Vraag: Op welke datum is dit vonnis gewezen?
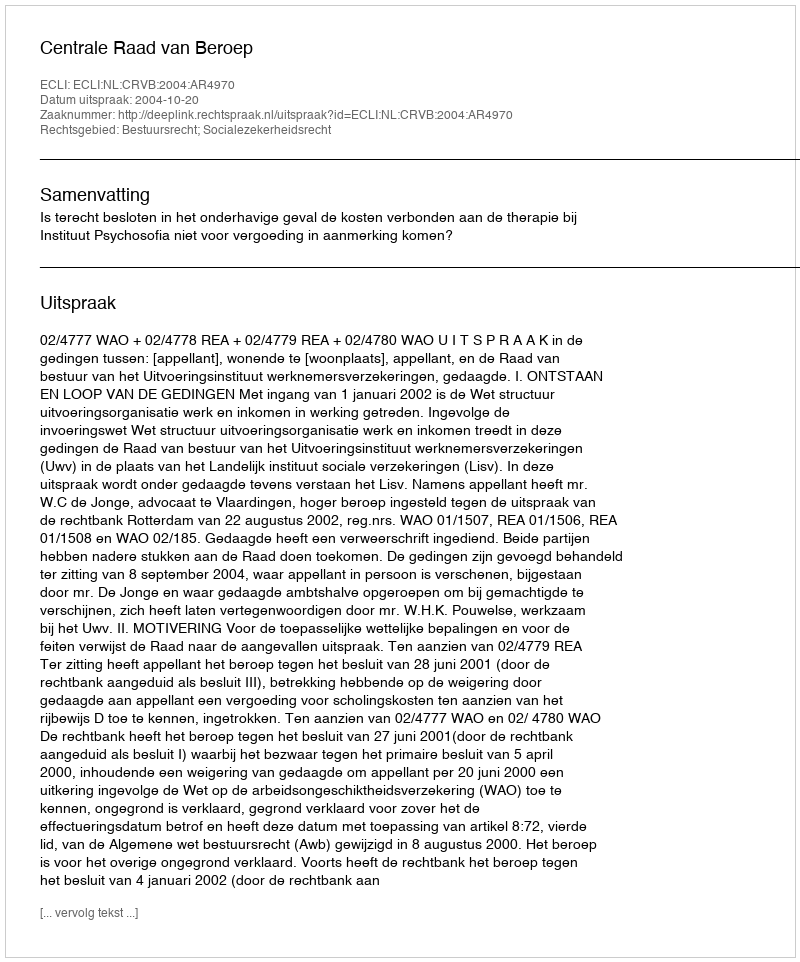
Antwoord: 2004-10-20